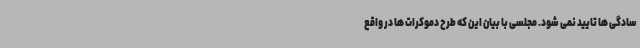
سادگی ها تایید نمی شود. مجلسی با بیان این که طرح دموکرات ها در واقع